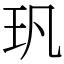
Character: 㺬